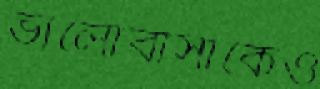
ভালোবাসাকেও